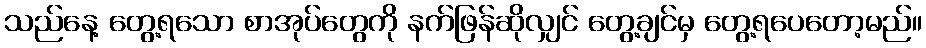
သည်နေ့ တွေ့ရသော စာအုပ်တွေကို နက်ဖြန်ဆိုလျှင် တွေ့ချင်မှ တွေ့ရပေတော့မည်။